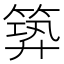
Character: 𥯹